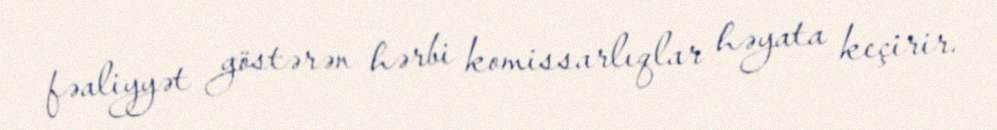
fəaliyyət göstərən hərbi komissarlıqlar həyata keçirir.